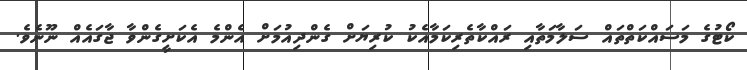
ކޯޓުގެ މަސައްކަތްތައް ސަލާމަތާއި ރައްކާތެރިކަމާއެކު ކުރިޔަށް ގެންދިއުމަށް އެންމެ އެކަށީގެންވާ ޖާގައެއް ނޫނެވެ.